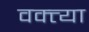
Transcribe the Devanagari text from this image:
वक्त्त्या